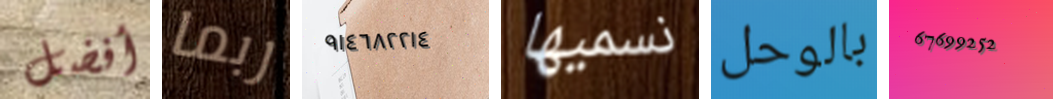
أفضل ربما ٩١٤٦٨٢٢١٤ نسميها بالوحل 67699252